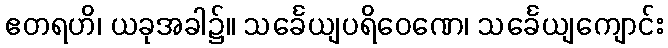
ဧတရဟိ၊ ယခုအခါ၌။ သင်္ခေယျပရိဝေဏေ၊ သင်္ခေယျကျောင်း